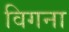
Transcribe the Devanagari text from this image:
विगना